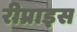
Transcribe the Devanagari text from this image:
रीप्राइस